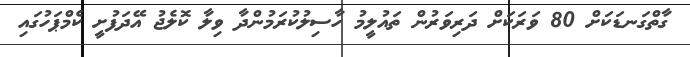
ގާތްގަނޑަކަށް 80 ވަރަކަށް ދަރިވަރުން ތައުލީމު ހާސިލުކުރަމުންދާ ވިލާ ކޮލެޖު އޭދަފުށީ ކެމްޕަހުގައި